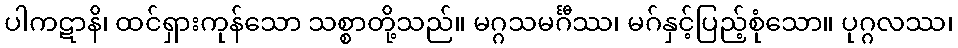
ပါကဋာနိ၊ ထင်ရှားကုန်သော သစ္စာတို့သည်။ မဂ္ဂသမင်္ဂီဿ၊ မဂ်နှင့်ပြည့်စုံသော။ ပုဂ္ဂလဿ၊